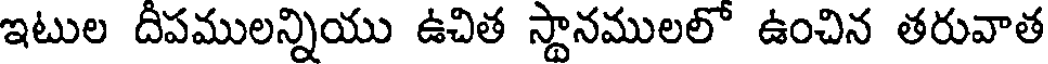
ఇటుల దీపములన్నియు ఉచిత స్థానములలో ఉంచిన తరువాత